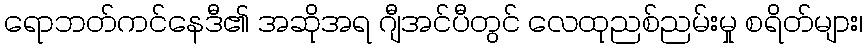
ရောဘတ်ကင်နေဒီ၏ အဆိုအရ ဂျီအင်ပီတွင် လေထုညစ်ညမ်းမှု စရိတ်များ၊